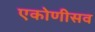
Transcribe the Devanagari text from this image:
एकोणीसव